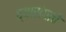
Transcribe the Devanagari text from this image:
व्यासंगाचे